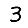
Digit: 3